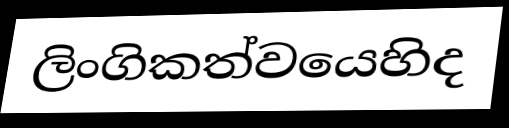
ලිංගිකත්වයෙහිද